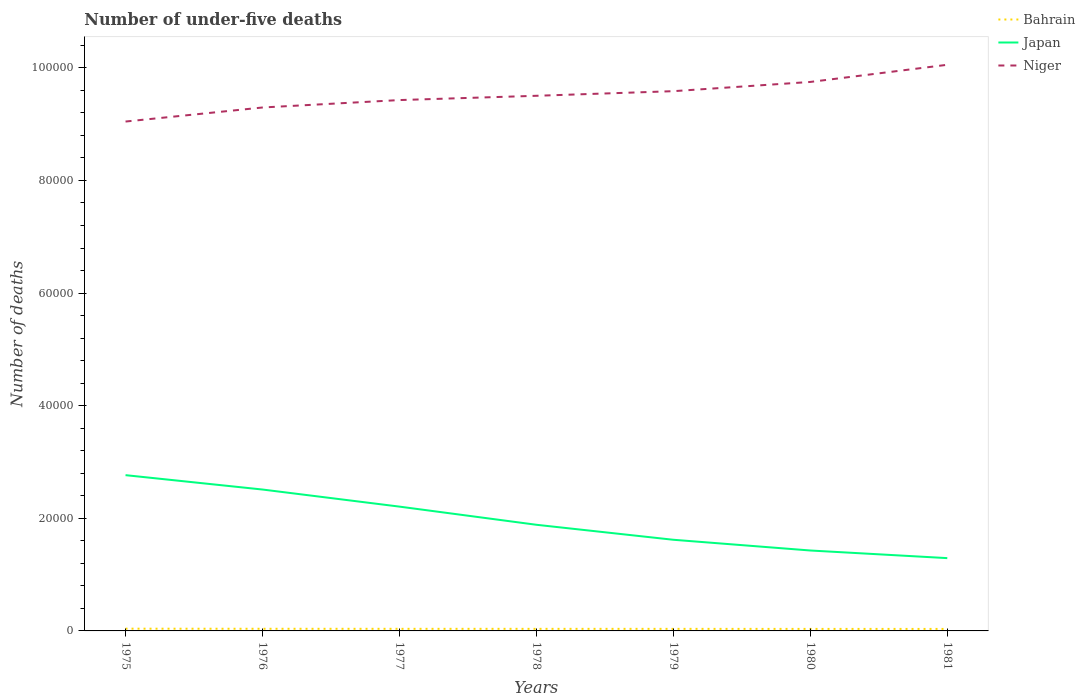
| Years | Bahrain | Japan | Niger |
 | --- | --- | --- | --- |
 | 1975 | 399 | 2.77e+04 | 9.05e+04 |
 | 1976 | 381 | 2.51e+04 | 9.3e+04 |
 | 1977 | 373 | 2.21e+04 | 9.43e+04 |
 | 1978 | 370 | 1.89e+04 | 9.5e+04 |
 | 1979 | 367 | 1.62e+04 | 9.59e+04 |
 | 1980 | 359 | 1.43e+04 | 9.75e+04 |
 | 1981 | 355 | 1.29e+04 | 1.01e+05 |